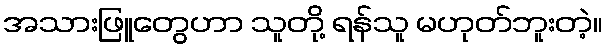
အသားဖြူတွေဟာ သူတို့ ရန်သူ မဟုတ်ဘူးတဲ့။